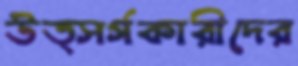
উত্সর্গকারীদের